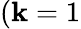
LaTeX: (\mathbf{k}=1